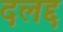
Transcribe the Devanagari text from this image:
दलद्द